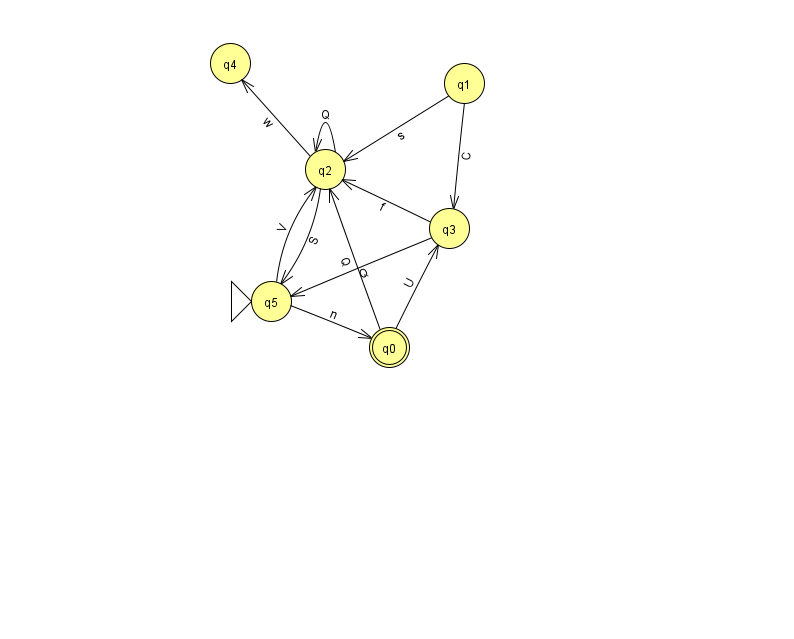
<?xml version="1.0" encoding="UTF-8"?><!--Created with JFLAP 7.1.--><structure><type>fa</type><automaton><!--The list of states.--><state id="0" name="q0"><x>389.0</x><y>334.0</y><final/></state><state id="1" name="q1"><x>464.0</x><y>70.0</y></state><state id="2" name="q2"><x>325.0</x><y>156.0</y></state><state id="3" name="q3"><x>449.0</x><y>215.0</y></state><state id="4" name="q4"><x>230.0</x><y>50.0</y></state><state id="5" name="q5"><x>271.0</x><y>288.0</y><initial/></state><!--The list of transitions.--><transition><from>2</from><to>2</to><read>Q</read></transition><transition><from>0</from><to>2</to><read>Q</read></transition><transition><from>5</from><to>2</to><read>V</read></transition><transition><from>3</from><to>2</to><read>f</read></transition><transition><from>0</from><to>3</to><read>U</read></transition><transition><from>1</from><to>3</to><read>C</read></transition><transition><from>2</from><to>5</to><read>S</read></transition><transition><from>3</from><to>5</to><read>Q</read></transition><transition><from>1</from><to>2</to><read>s</read></transition><transition><from>5</from><to>0</to><read>n</read></transition><transition><from>2</from><to>4</to><read>w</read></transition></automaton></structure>